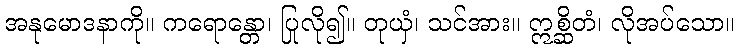
အနုမောဒနာကို။ ကရောန္တော၊ ပြုလို၍။ တုယှံ၊ သင်အား။ ဣစ္ဆိတံ၊ လိုအပ်သော။